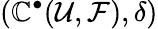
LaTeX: (\mathbb{C}^{\bullet}({\mathcal{{U}}},{\mathcal{{F}}}),\delta)